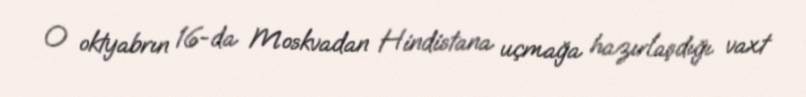
O oktyabrın 16-da Moskvadan Hindistana uçmağa hazırlaşdığı vaxt